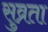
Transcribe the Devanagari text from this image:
सुव्रता